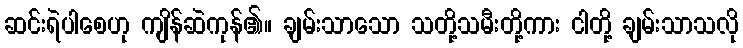
ဆင်းရဲပါစေဟု ကျိန်ဆဲကုန်၏။ ချမ်းသာသော သတို့သမီးတို့ကား ငါတို့ ချမ်းသာသလို